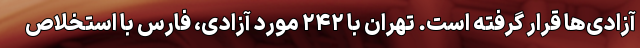
آزادی‌ها قرار گرفته است. تهران با ۲۴۲ مورد آزادی، فارس با استخلاص